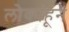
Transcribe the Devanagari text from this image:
लोकांहून